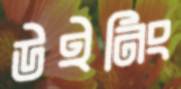
উইনিং